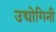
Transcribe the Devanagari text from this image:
उद्योगिनी